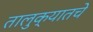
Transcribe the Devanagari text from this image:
तालुक्यातचे